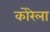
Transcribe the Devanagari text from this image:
कोरेला